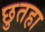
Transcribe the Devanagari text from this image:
छुतहा